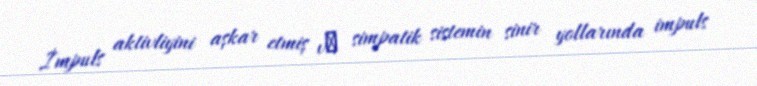
İmpuls aktivliyini aşkar etmiş vә simpatik sistemin sinir yollarında impuls